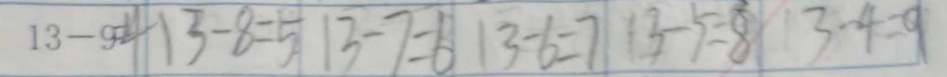
1 3 - 9 = 4 1 3 - 8 = 5 1 3 - 7 = 6 1 3 - 6 = 7 1 3 - 5 = 8 1 3 - 4 = 9